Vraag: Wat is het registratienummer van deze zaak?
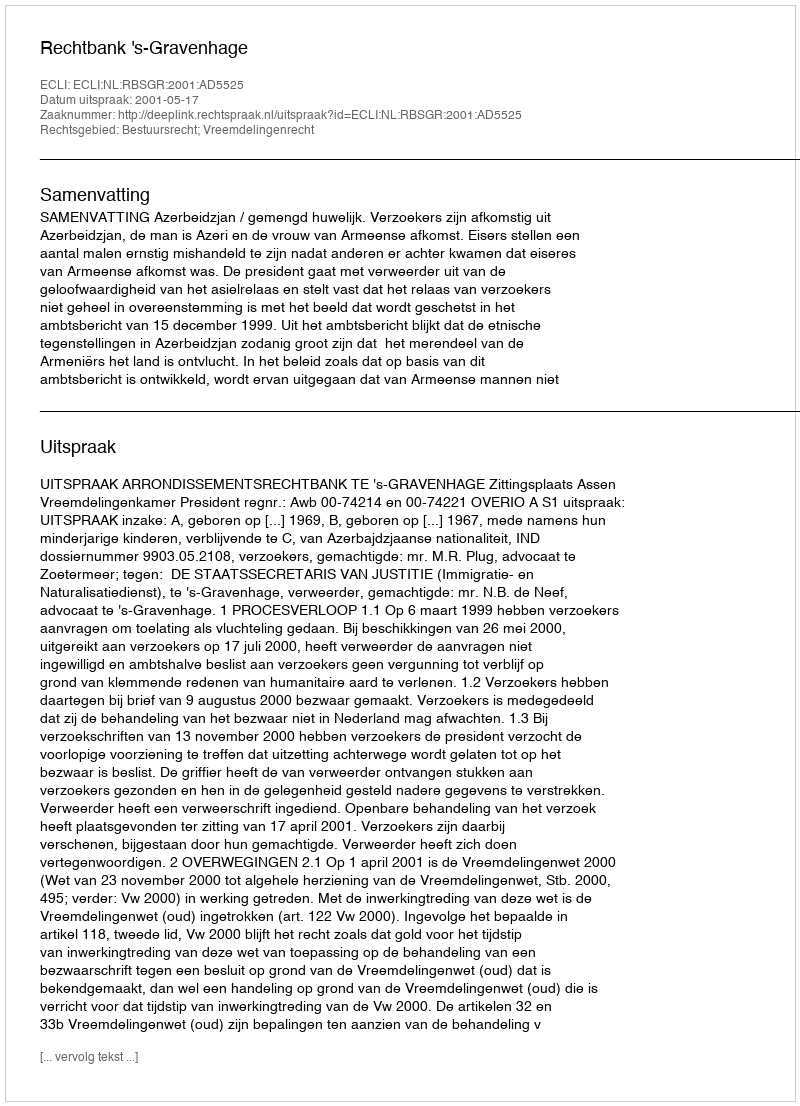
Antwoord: http://deeplink.rechtspraak.nl/uitspraak?id=ECLI:NL:RBSGR:2001:AD5525